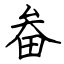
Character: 畚